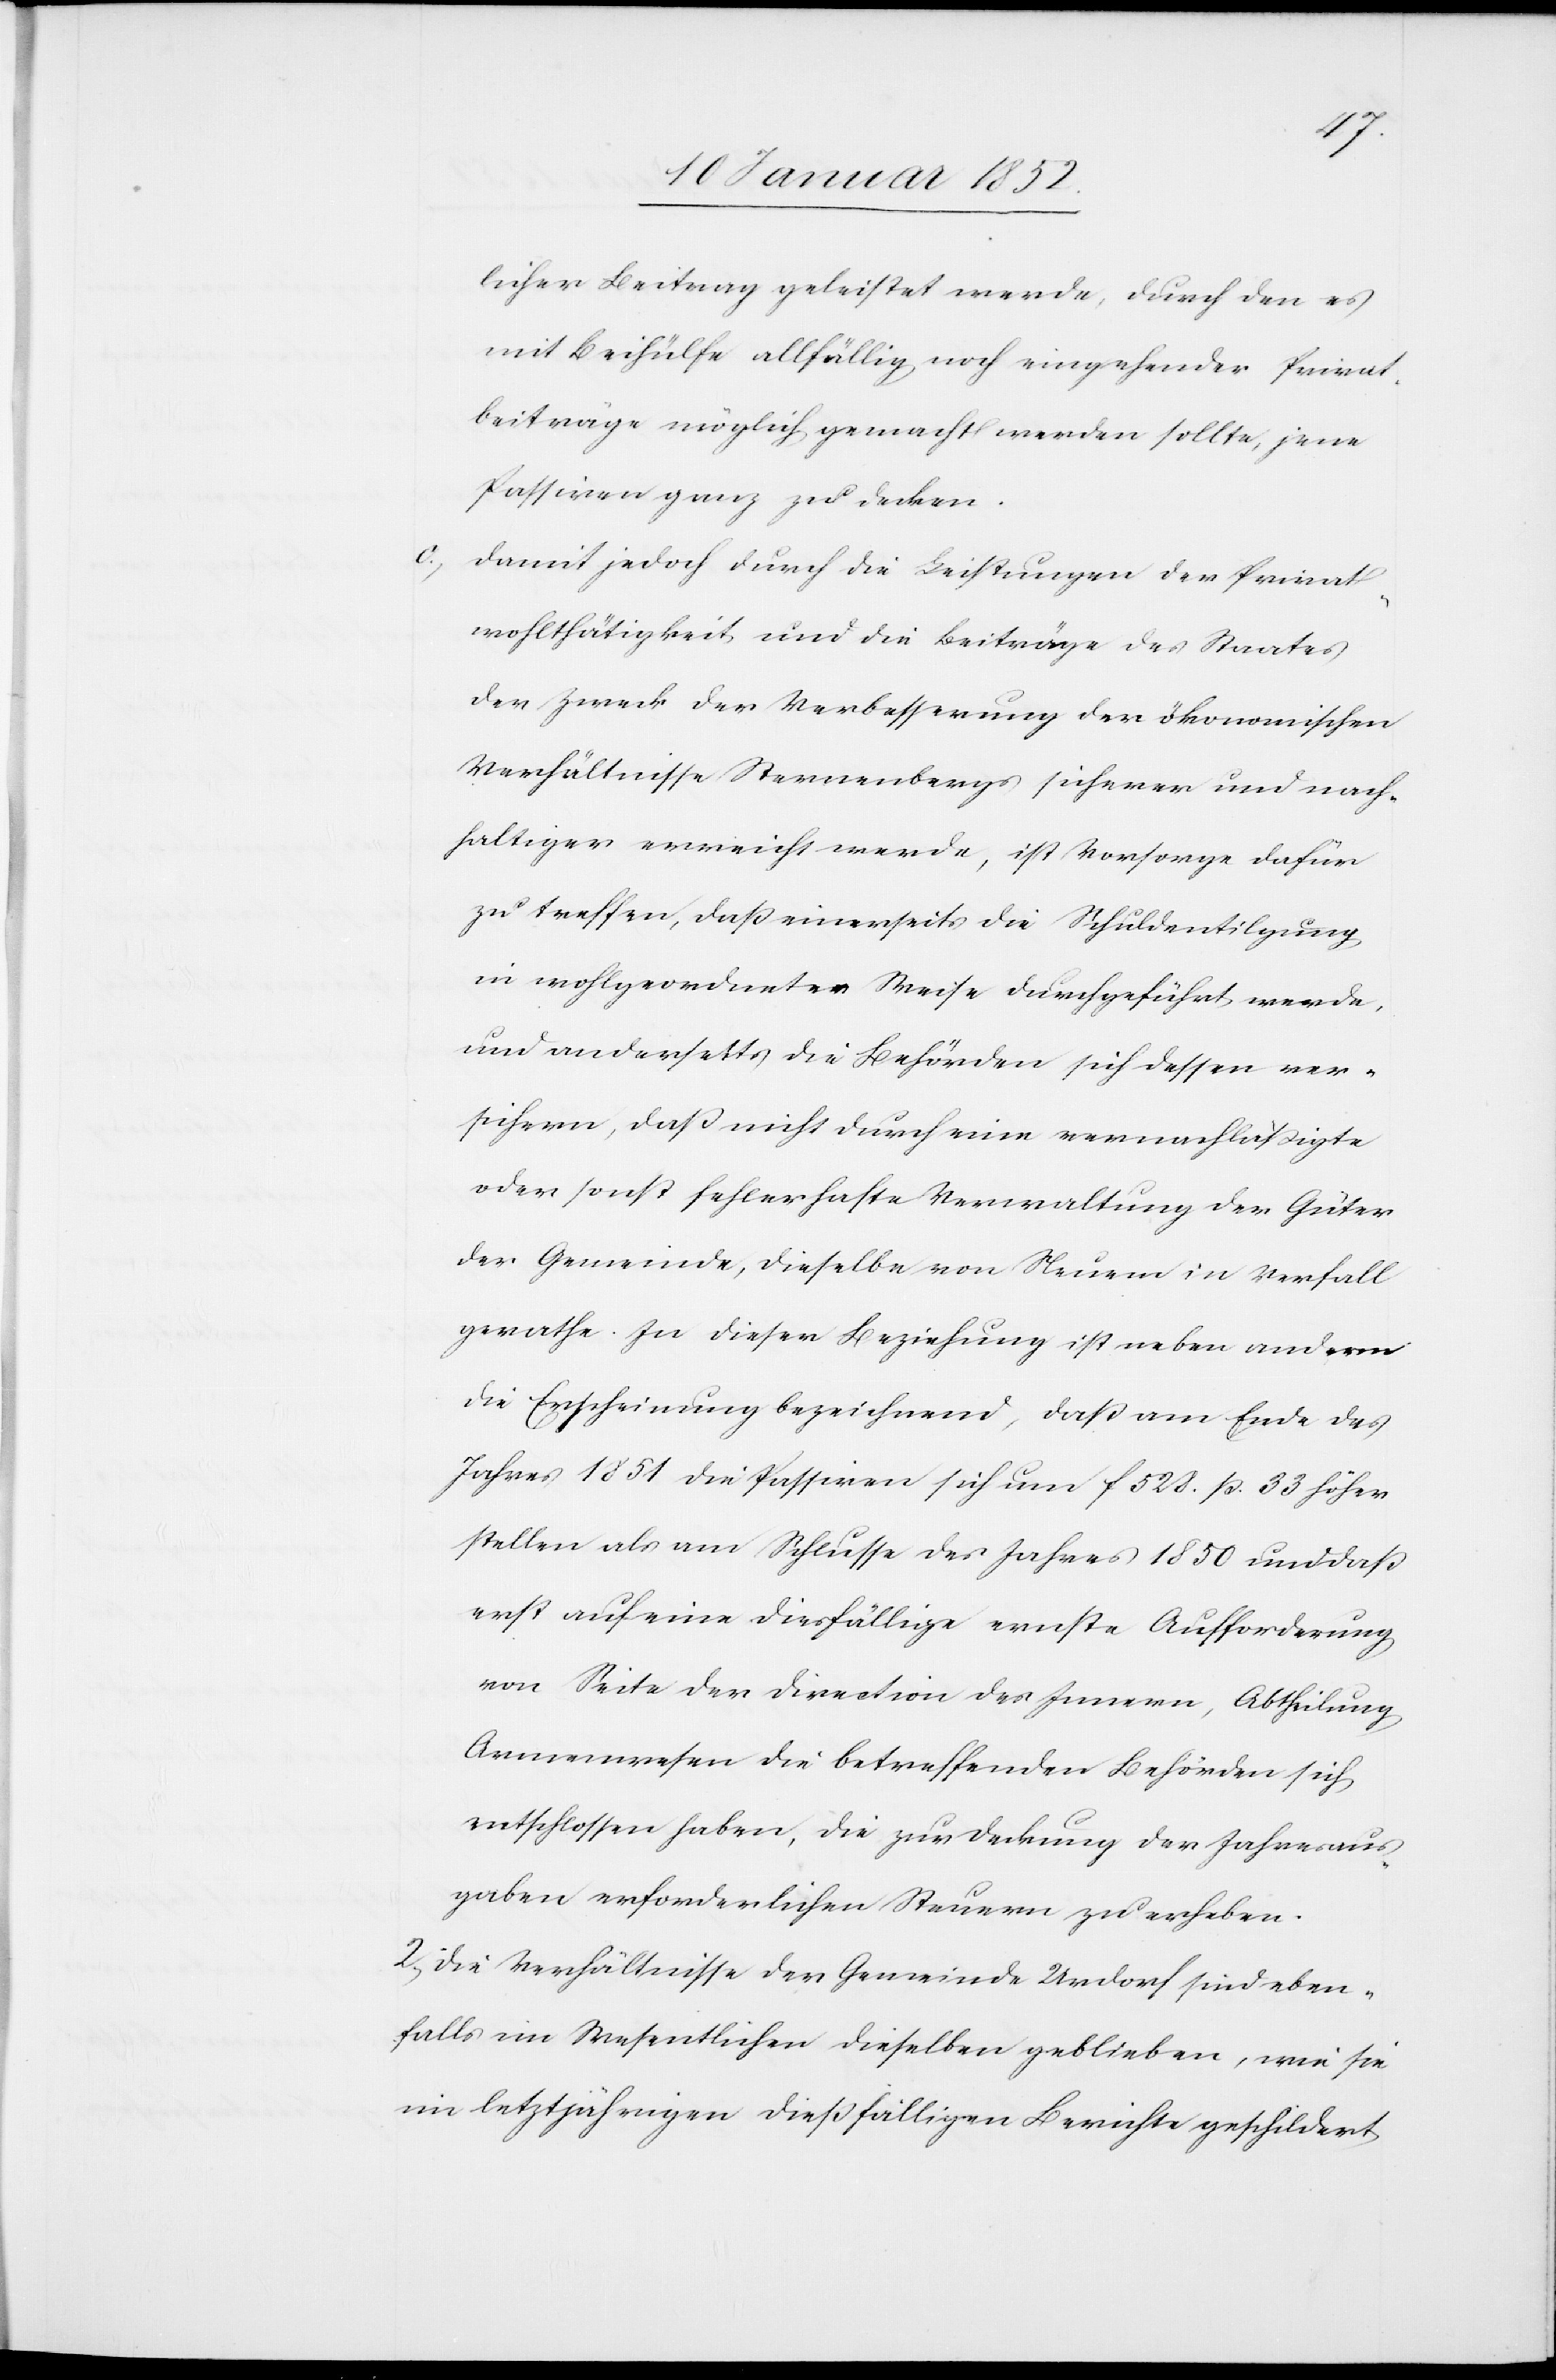
licher Beitrag geleistet werde, durch den es
mit Beihülfe allfällig nach eingehender Privat¬
beiträge möglich gemacht werden sollte, jene
Passiven ganz zu decken.
Damit jedoch durch die Leistungen der Privat¬
wohlthätigkeit und die Beiträge des Staates
der Zweck der Verbesserung der ökonomischen
Verhältnisse Sternenbergs sicherer und nach¬
haltiger erreicht werde, ist Vorsorge dafür
zu treffen, daß einerseits die Schuldentilgung
in wohlgeordneter Weise durchgeführt werde
und anderseits die Behörden sich dessen ver¬
sichern, daß nicht durch eine vernachläßigte
oder sonst fehlerhafte Verwaltung der Güter
der Gemeinde, dieselbe von Neuem in Verfall
gerathe. Zu dieser Beziehung ist neben anderm
die Erscheinung bezeichnend, daß am Ende des
Jahres 1851 die Passiven sich um f 528. p. 33 höher
stellen als am Schlusse des Jahres 1850 und daß
erst auf eine diesfällige ernste Aufforderung
von Seite der Direction des Innern, Abtheilung
Armenwesen die betreffenden Behörden sich
entschlossen haben, die zur Deckung der Jahresaus¬
gaben erforderlichen Steuern zu erheben.
2) Die Verhältnisse der Gemeinde Urdorf sind eben¬
falls im Wesentlichen dieselben geblieben, wie sie
im letztjährigen dießfälligen Berichte geschildert